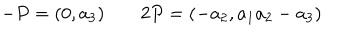
LaTeX: - P = ( 0 , a _ { 3 } ) \; 2 P = ( - a _ { 2 } , a _ { 1 } a _ { 2 } - a _ { 3 } )